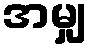
အမျှ